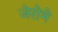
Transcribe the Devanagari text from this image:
जेरोमे